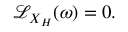
{ \mathcal { L } } _ { X _ { H } } ( \omega ) = 0 .